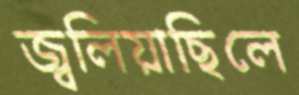
জ্বলিয়াছিলে